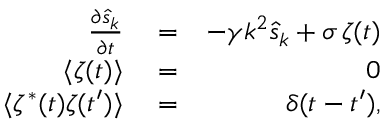
\begin{array} { r l r } { \frac { \partial \hat { s } _ { k } } { \partial t } } & { { } = } & { - \gamma k ^ { 2 } \hat { s } _ { k } + \sigma \, \zeta ( t ) } \\ { \langle \zeta ( t ) \rangle } & { { } = } & { 0 } \\ { \langle \zeta ^ { * } ( t ) \zeta ( t ^ { \prime } ) \rangle } & { { } = } & { \delta ( t - t ^ { \prime } ) , } \end{array}